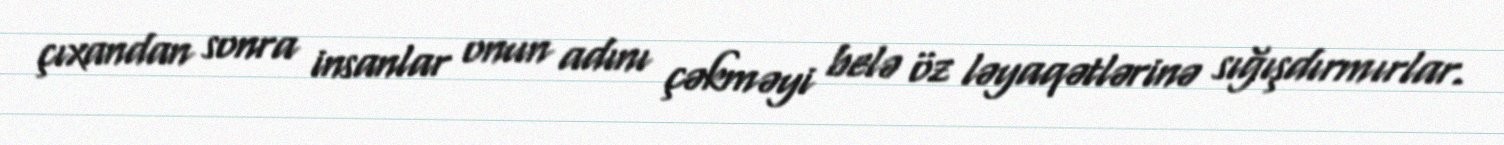
çıxandan sonra insanlar onun adını çəkməyi belə öz ləyaqətlərinə sığışdırmırlar.